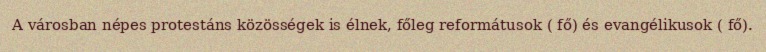
A városban népes protestáns közösségek is élnek, főleg reformátusok ( fő) és evangélikusok ( fő).